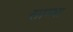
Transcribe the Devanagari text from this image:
साम्भा